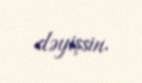
dəyişsin.